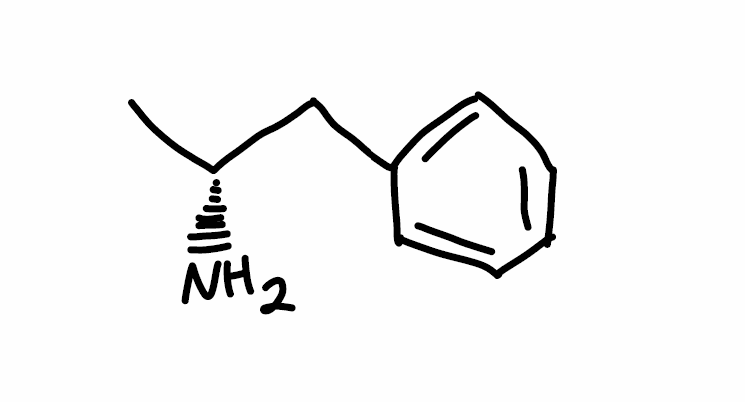
Simplified molecular-input line-entry system (SMILES) notation of the given molecule:
C[C@H](CC1=CC=CC=C1)N